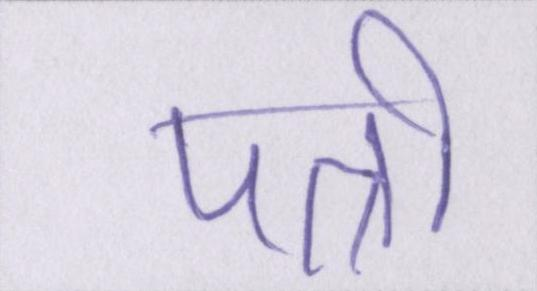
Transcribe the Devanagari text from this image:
पत्नी